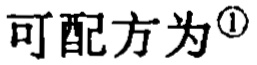
可配方为\(^{\textcircled{1}}\)